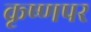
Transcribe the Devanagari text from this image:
कृष्णपर